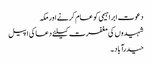
دعوت ابراہیمی کو عام کرنے اور مکہ
شہیدوں کی مغفرت کیلئے دعا کی اپیل
حیدرآباد ۔